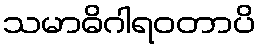
သမာဓိဂါရဝတာပိ